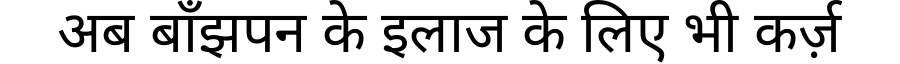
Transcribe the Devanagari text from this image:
अब बाँझपन के इलाज के लिए भी कर्ज़